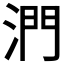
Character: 𣶯